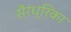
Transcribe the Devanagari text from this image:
सैरंध्रिका